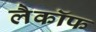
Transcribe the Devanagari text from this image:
लैकॉफ